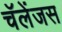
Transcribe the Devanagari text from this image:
चॅलेंजस